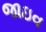
જાઇવ